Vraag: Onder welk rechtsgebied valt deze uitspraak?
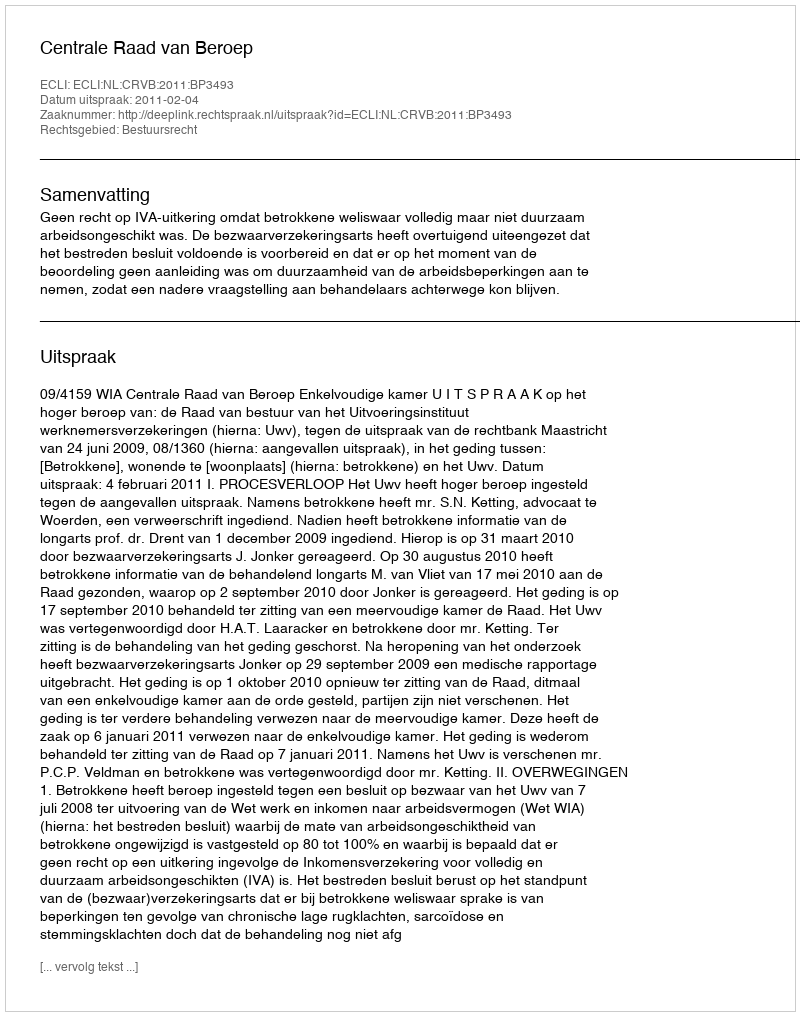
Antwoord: Bestuursrecht